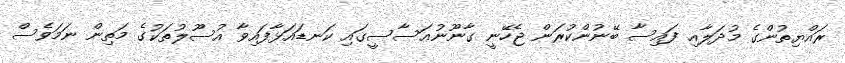
ރައްޔިތުންގެ މުދަލާއި ފައިސާ ބޭނުންކުރަން ޖެހޭނީ ގާނޫނުއަސާސީގައި ކަނޑައަޅާފައިވާ އުސޫލުތަކުގެ މަތިން ނަމަވެސް